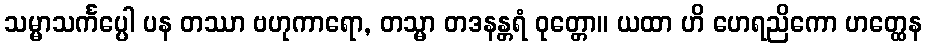
သမ္မာသင်္ကပ္ပေါ ပန တဿာ ဗဟုကာရော, တသ္မာ တဒနန္တရံ ဝုတ္တော။ ယထာ ဟိ ဟေရညိကော ဟတ္ထေန